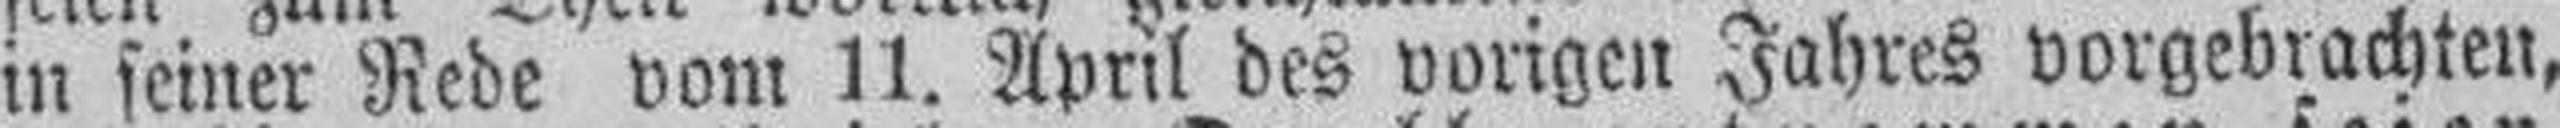
in seiner Rede vom 11. April des vorigen Jahres vorgebrachten,